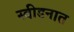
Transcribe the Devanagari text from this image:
स्वीडनात